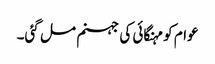
عوام کو مہنگائی کی جہنم مل گئی۔